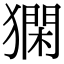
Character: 𤡦